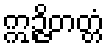
ဣဉ္ဇိတတ္တံ